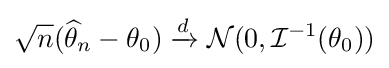
{\sqrt {n}}({\widehat {\theta }}_{n}-\theta _{0})\xrightarrow {d} {\mathcal {N}}(0,{\mathcal {I}}^{-1}(\theta _{0}))